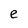
Character: e